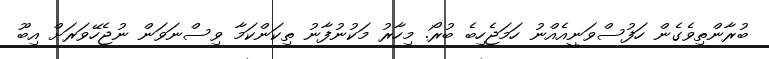
ބުރާންތިވެގެން ހަފުސްވަނީއެއްނު ހަމަޖެހިބެ ބުރޯ. މިހާރު މަކުނުފާނު ތިކަންކަމާ ވިސްނަވަން ނުޖެހޭވަރަށް އިބޫ